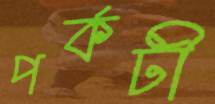
পর্কটী